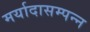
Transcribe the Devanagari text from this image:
मर्यादासम्पन्न